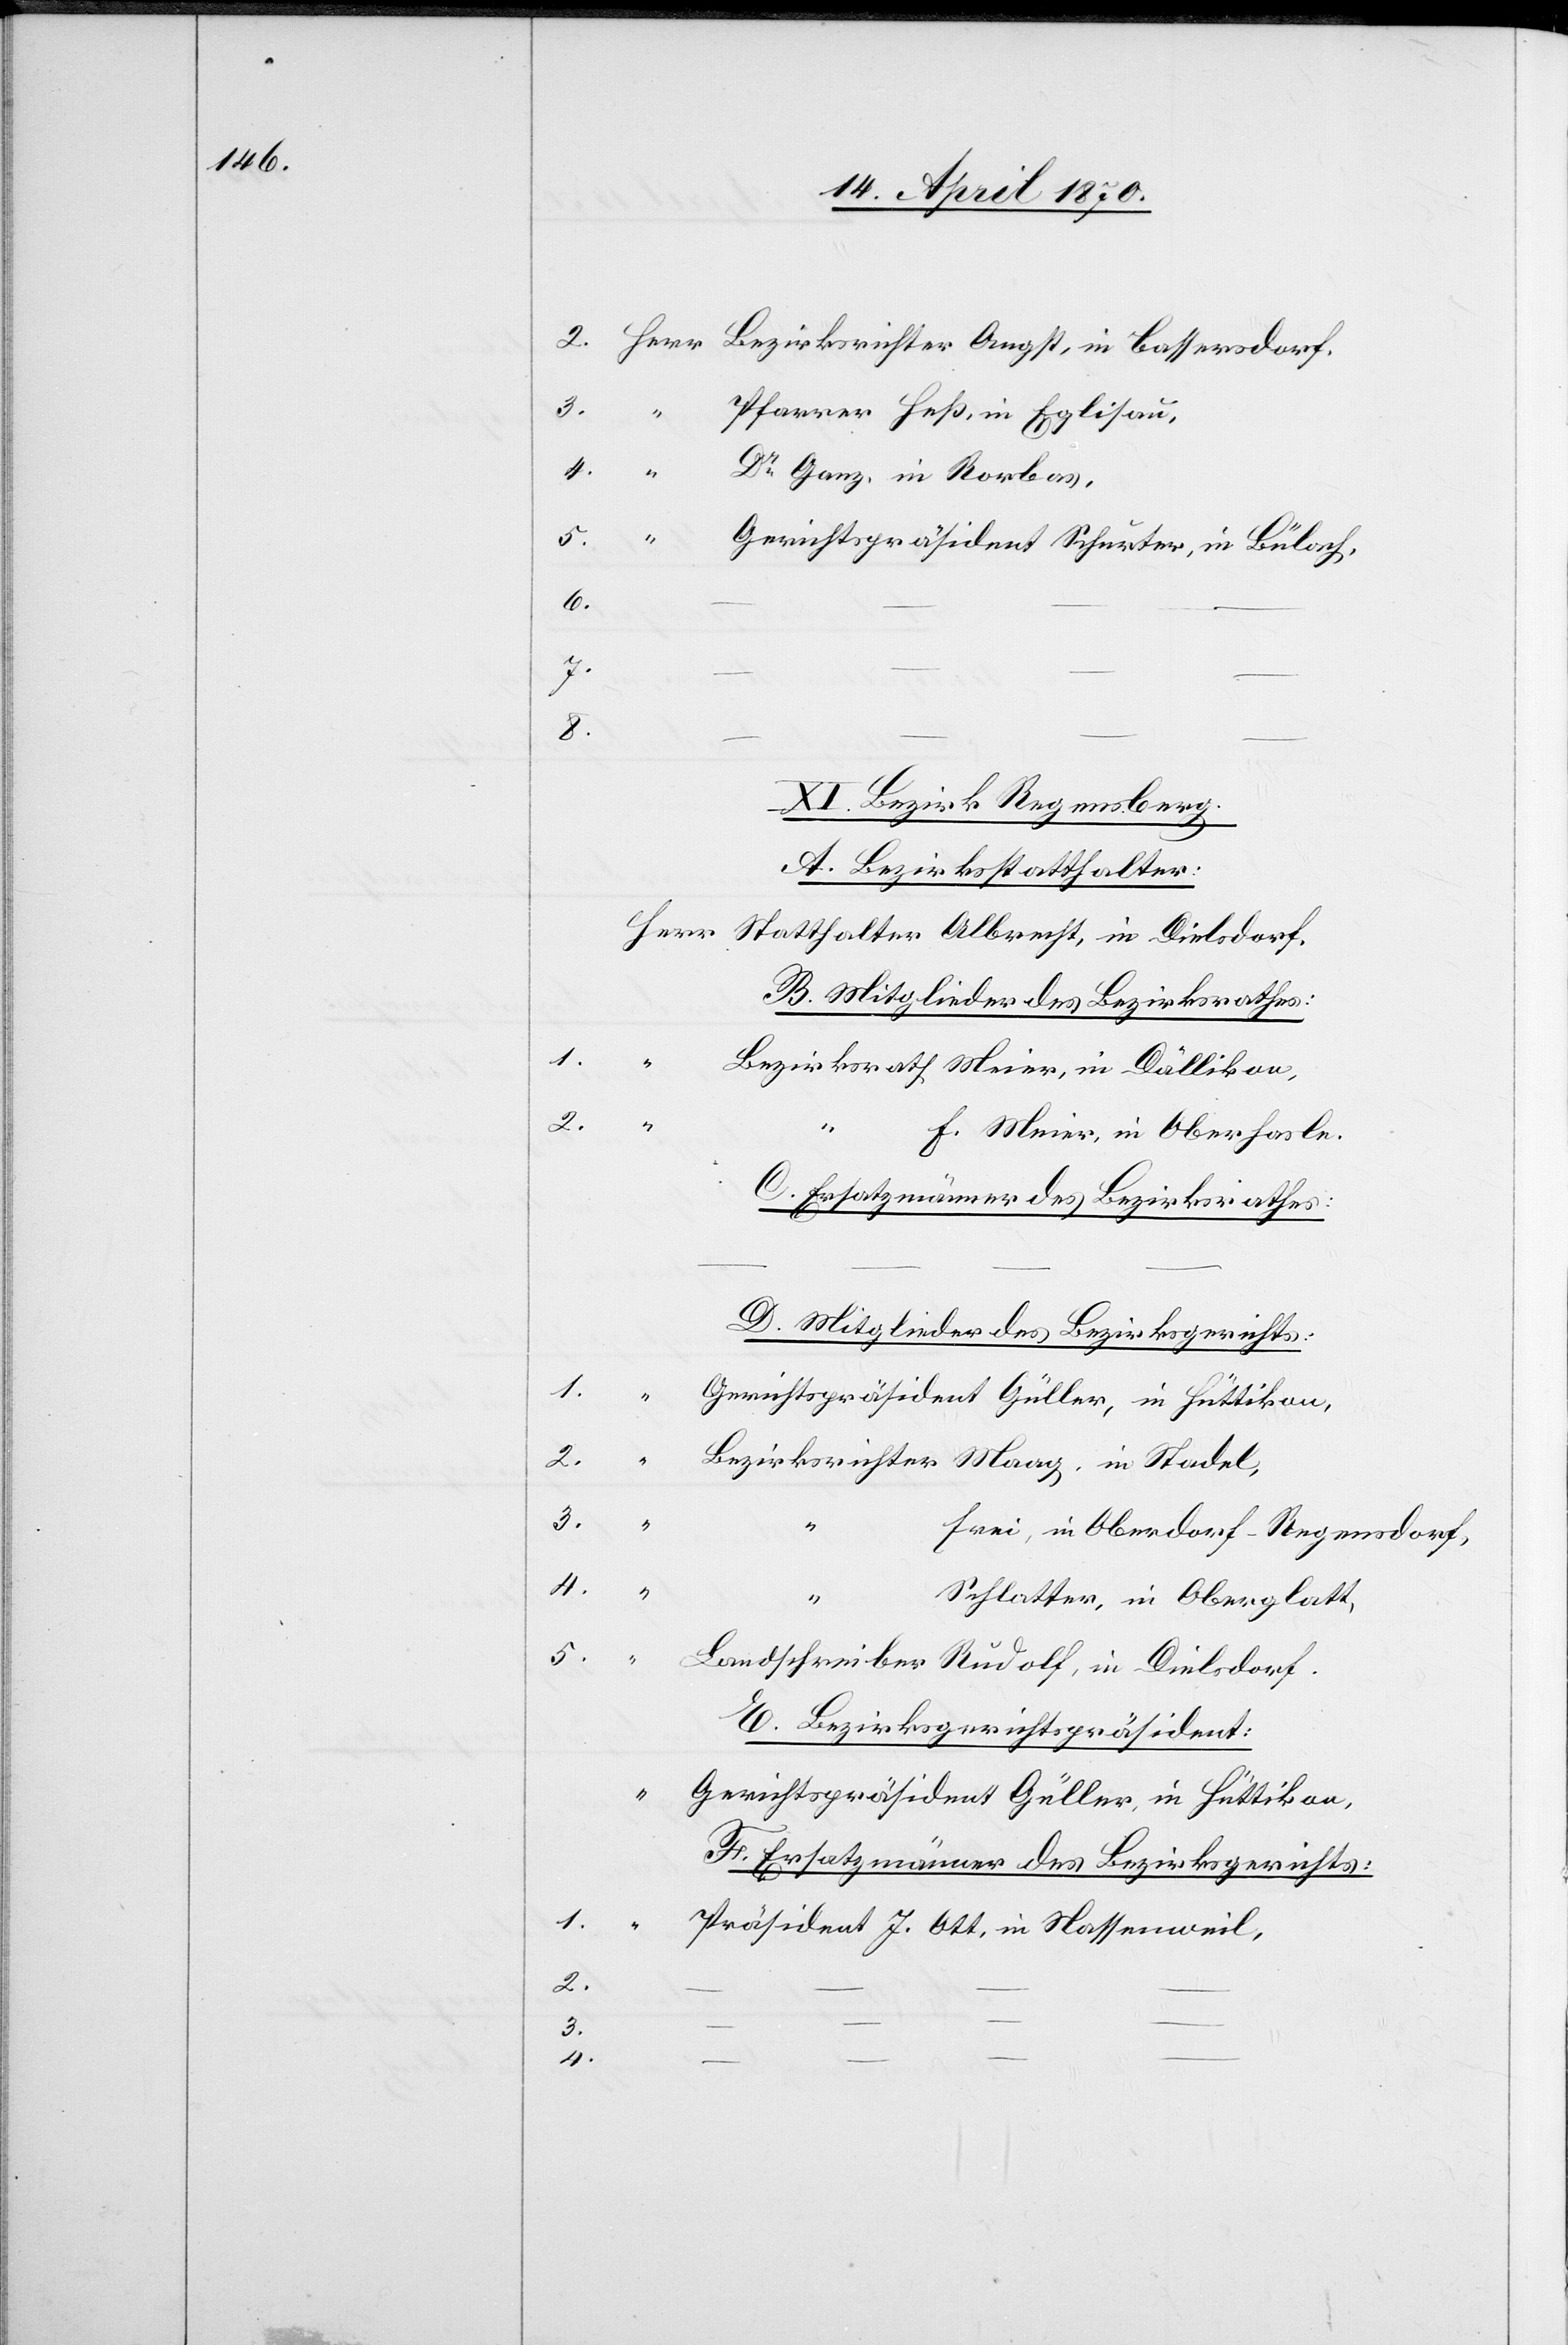
Pfarrer Heß, in Eglisau,
Dr Ganz, in Rorbas,
Gerichtspräsident Schurter, in Bülach,
6.
7.
8.
XI. Bezirk Regensberg.
A. Bezirksstatthalter:
B. Mitglieder des Bezirksrathes:
1.
Bezirksrath Meier, in Dällikon,
1.
F. Meier, in Oberhasli.
C. Ersatzmänner des Bezirksrathes:
D. Mitglieder des Bezirksgerichts:
Herr
Gerichtspräsident Güller, in Hüttikon,
Frei, in Oberdorf - Regensdorf,
4.
– –
Schlatter, in Oberglatt,
5.
Landschreiber Rudolf, in Dielsdorf.
E. Bezirksgerichtspräsident:
“
Gerichtspräsident Güller, in Hüttikon,
F. Ersatzmänner des Bezirksgerichts:
Präsident J. Ott, in Nassenweil,
2.
3.
“